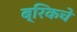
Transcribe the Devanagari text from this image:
ब्रिकचे